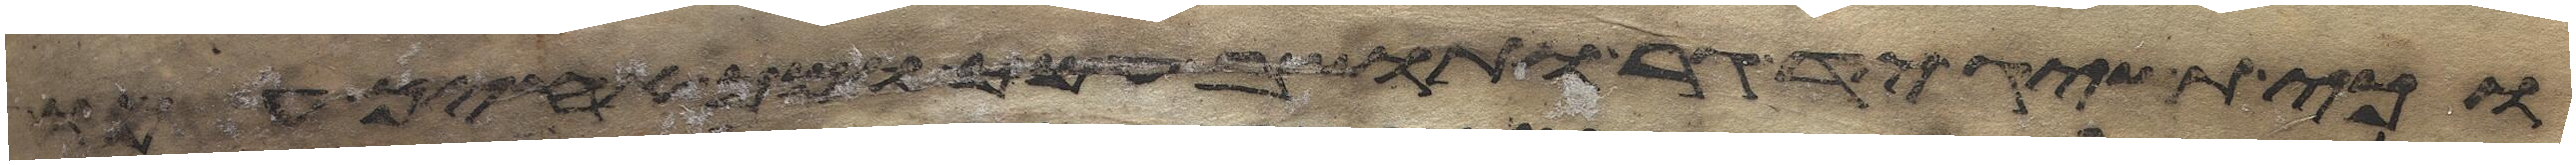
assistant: וכי תשיג יד גר ותושב עמך ומך אחיך עמו